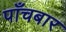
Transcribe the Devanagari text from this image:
पाँचबार